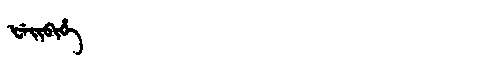
Manchu: ᡶᡝᡳᠪᡳᡥᡝ
Romanization: FEIBIHE